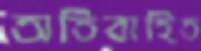
অতিবাহিত